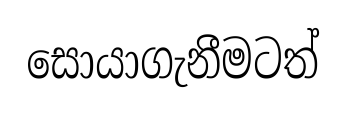
සොයාගැනීමටත්